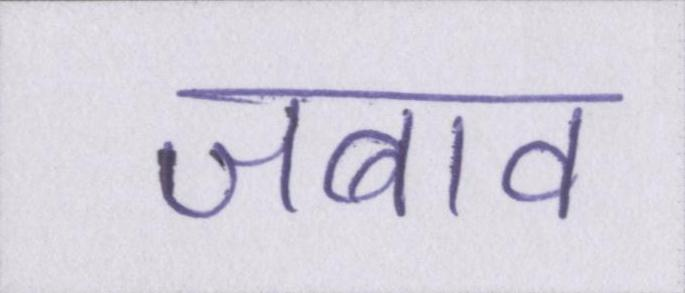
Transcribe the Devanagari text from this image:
जबाव